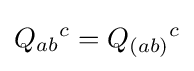
Q_{ab}{}^{c}=Q_{(ab)}{}^{c}